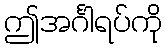
ဤအင်္ဂါရပ်ကို